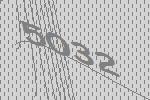
5032